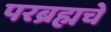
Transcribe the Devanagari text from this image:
परब्रह्मचे